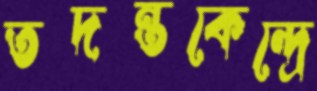
তদন্তকেন্দ্রে